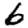
Digit: 6